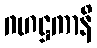
ဂဟဋ္ဌကာနိ